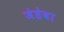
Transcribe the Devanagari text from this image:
जेहेवा